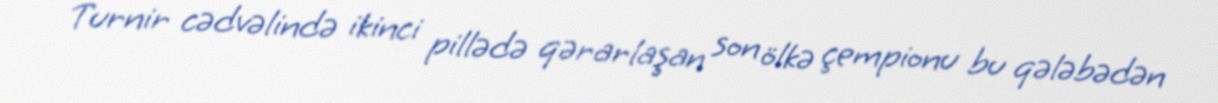
Turnir cədvəlində ikinci pillədə qərarlaşan son ölkə çempionu bu qələbədən